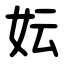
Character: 妘